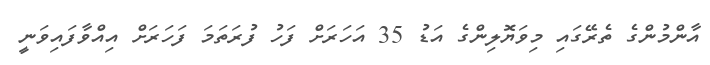
އާންމުންގެ ތެރޭގައި މިވަޔޮލިންގެ އަޑު 35 އަހަރަށް ފަހު ފުރަތަމަ ފަހަރަށް އިއްވާފައިވަނީ